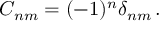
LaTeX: C _ { n m } = ( - 1 ) ^ { n } \delta _ { n m } \, .